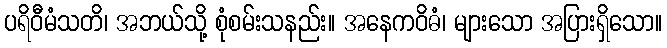
ပရိဝီမံသတိ၊ အဘယ်သို့ စုံစမ်းသနည်း။ အနေကဝိဓံ၊ များသော အပြားရှိသော။